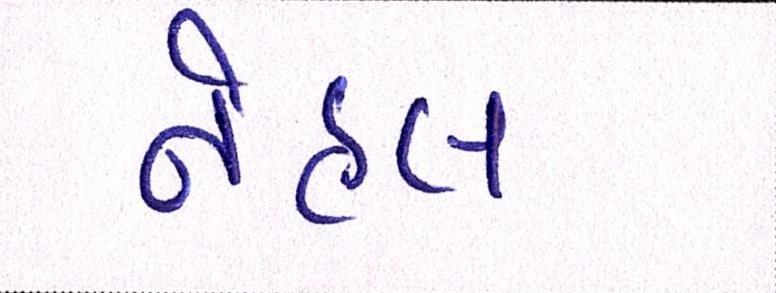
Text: નેહલ